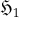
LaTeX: { \mathfrak { H } } _ { 1 }